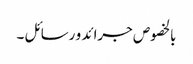
بالخصوص جرائد و رسائل ۔